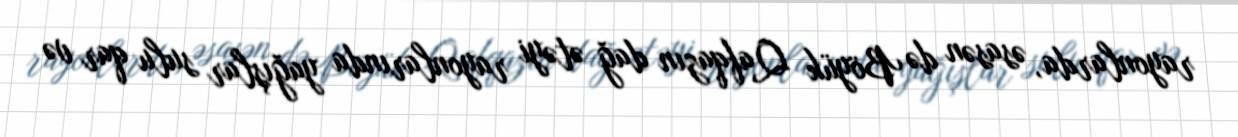
rayonlarda, əsasən də Böyük Qafqazın dağ ətəyi rayonlarında yağışlar sulu qar və